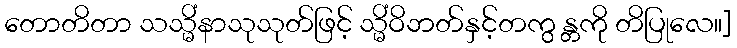
တောတိတာ သသ္မိံနာသုသုတ်ဖြင့် သ္မိံဝိဘတ်နှင့်တကွ န္တကို တိပြုလေ။]